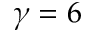
\gamma = 6